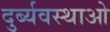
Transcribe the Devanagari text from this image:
दुर्ब्यवस्थाओ